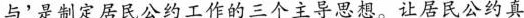
与’是制定居民公约工作的三个主导思想。让居民公约真